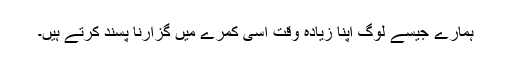
ہمارے جیسے لوگ اپنا زیادہ وقت اسی کمرے میں گزارنا پسند کرتے ہیں۔